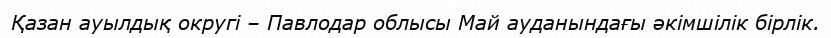
Қазан ауылдық округі – Павлодар облысы Май ауданындағы әкімшілік бірлік.